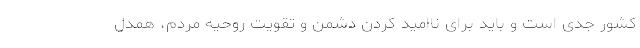
کشور جدی است و باید برای ناامید کردن دشمن و تقویت روحیه مردم، همدل